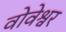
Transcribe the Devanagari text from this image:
वोवेश्वर